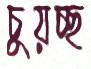
চুয়চ্ছ